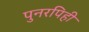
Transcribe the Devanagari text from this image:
पुनरपिही